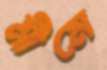
মীমে